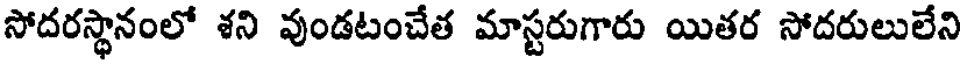
సోదరస్థానంలో శని వుండటంచేత మాస్టరుగారు యితర సోదరులులేని